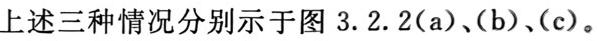
上述三种情况分别示于图 3.2.2(a)、(b)、(c)。